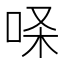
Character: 𰇢